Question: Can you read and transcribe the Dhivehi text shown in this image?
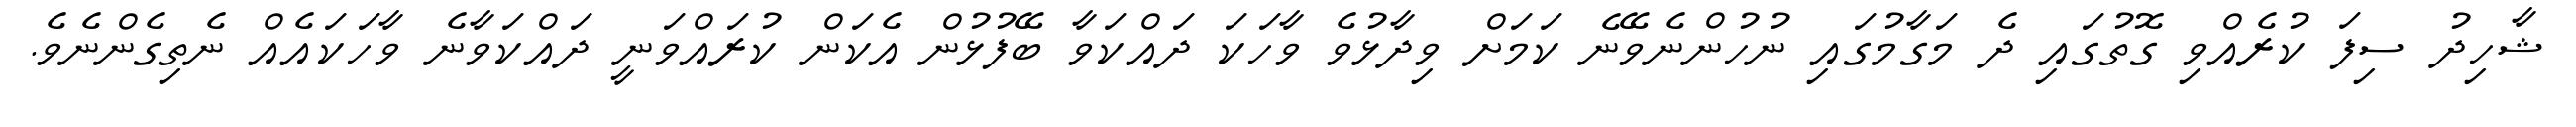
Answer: ޝާހިދު ސިފަ ކުރެއްވި ގޮތުގައި ދެ މަގާމުގައި ނުހުންނެވޭނެ ކަމަށް ވިދާޅުވެ ވާހަކަ ދައްކަވާ ބޭފުޅުން އެކަން ކުރައްވަނީ ދައްކަވާނެ ވާހަކައެއް ނެތިގެންނެވެ.